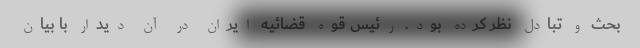
بحث و تبادل نظر کرده بود. رئیس قوه قضائیه ایران در آن دیدار با بیان